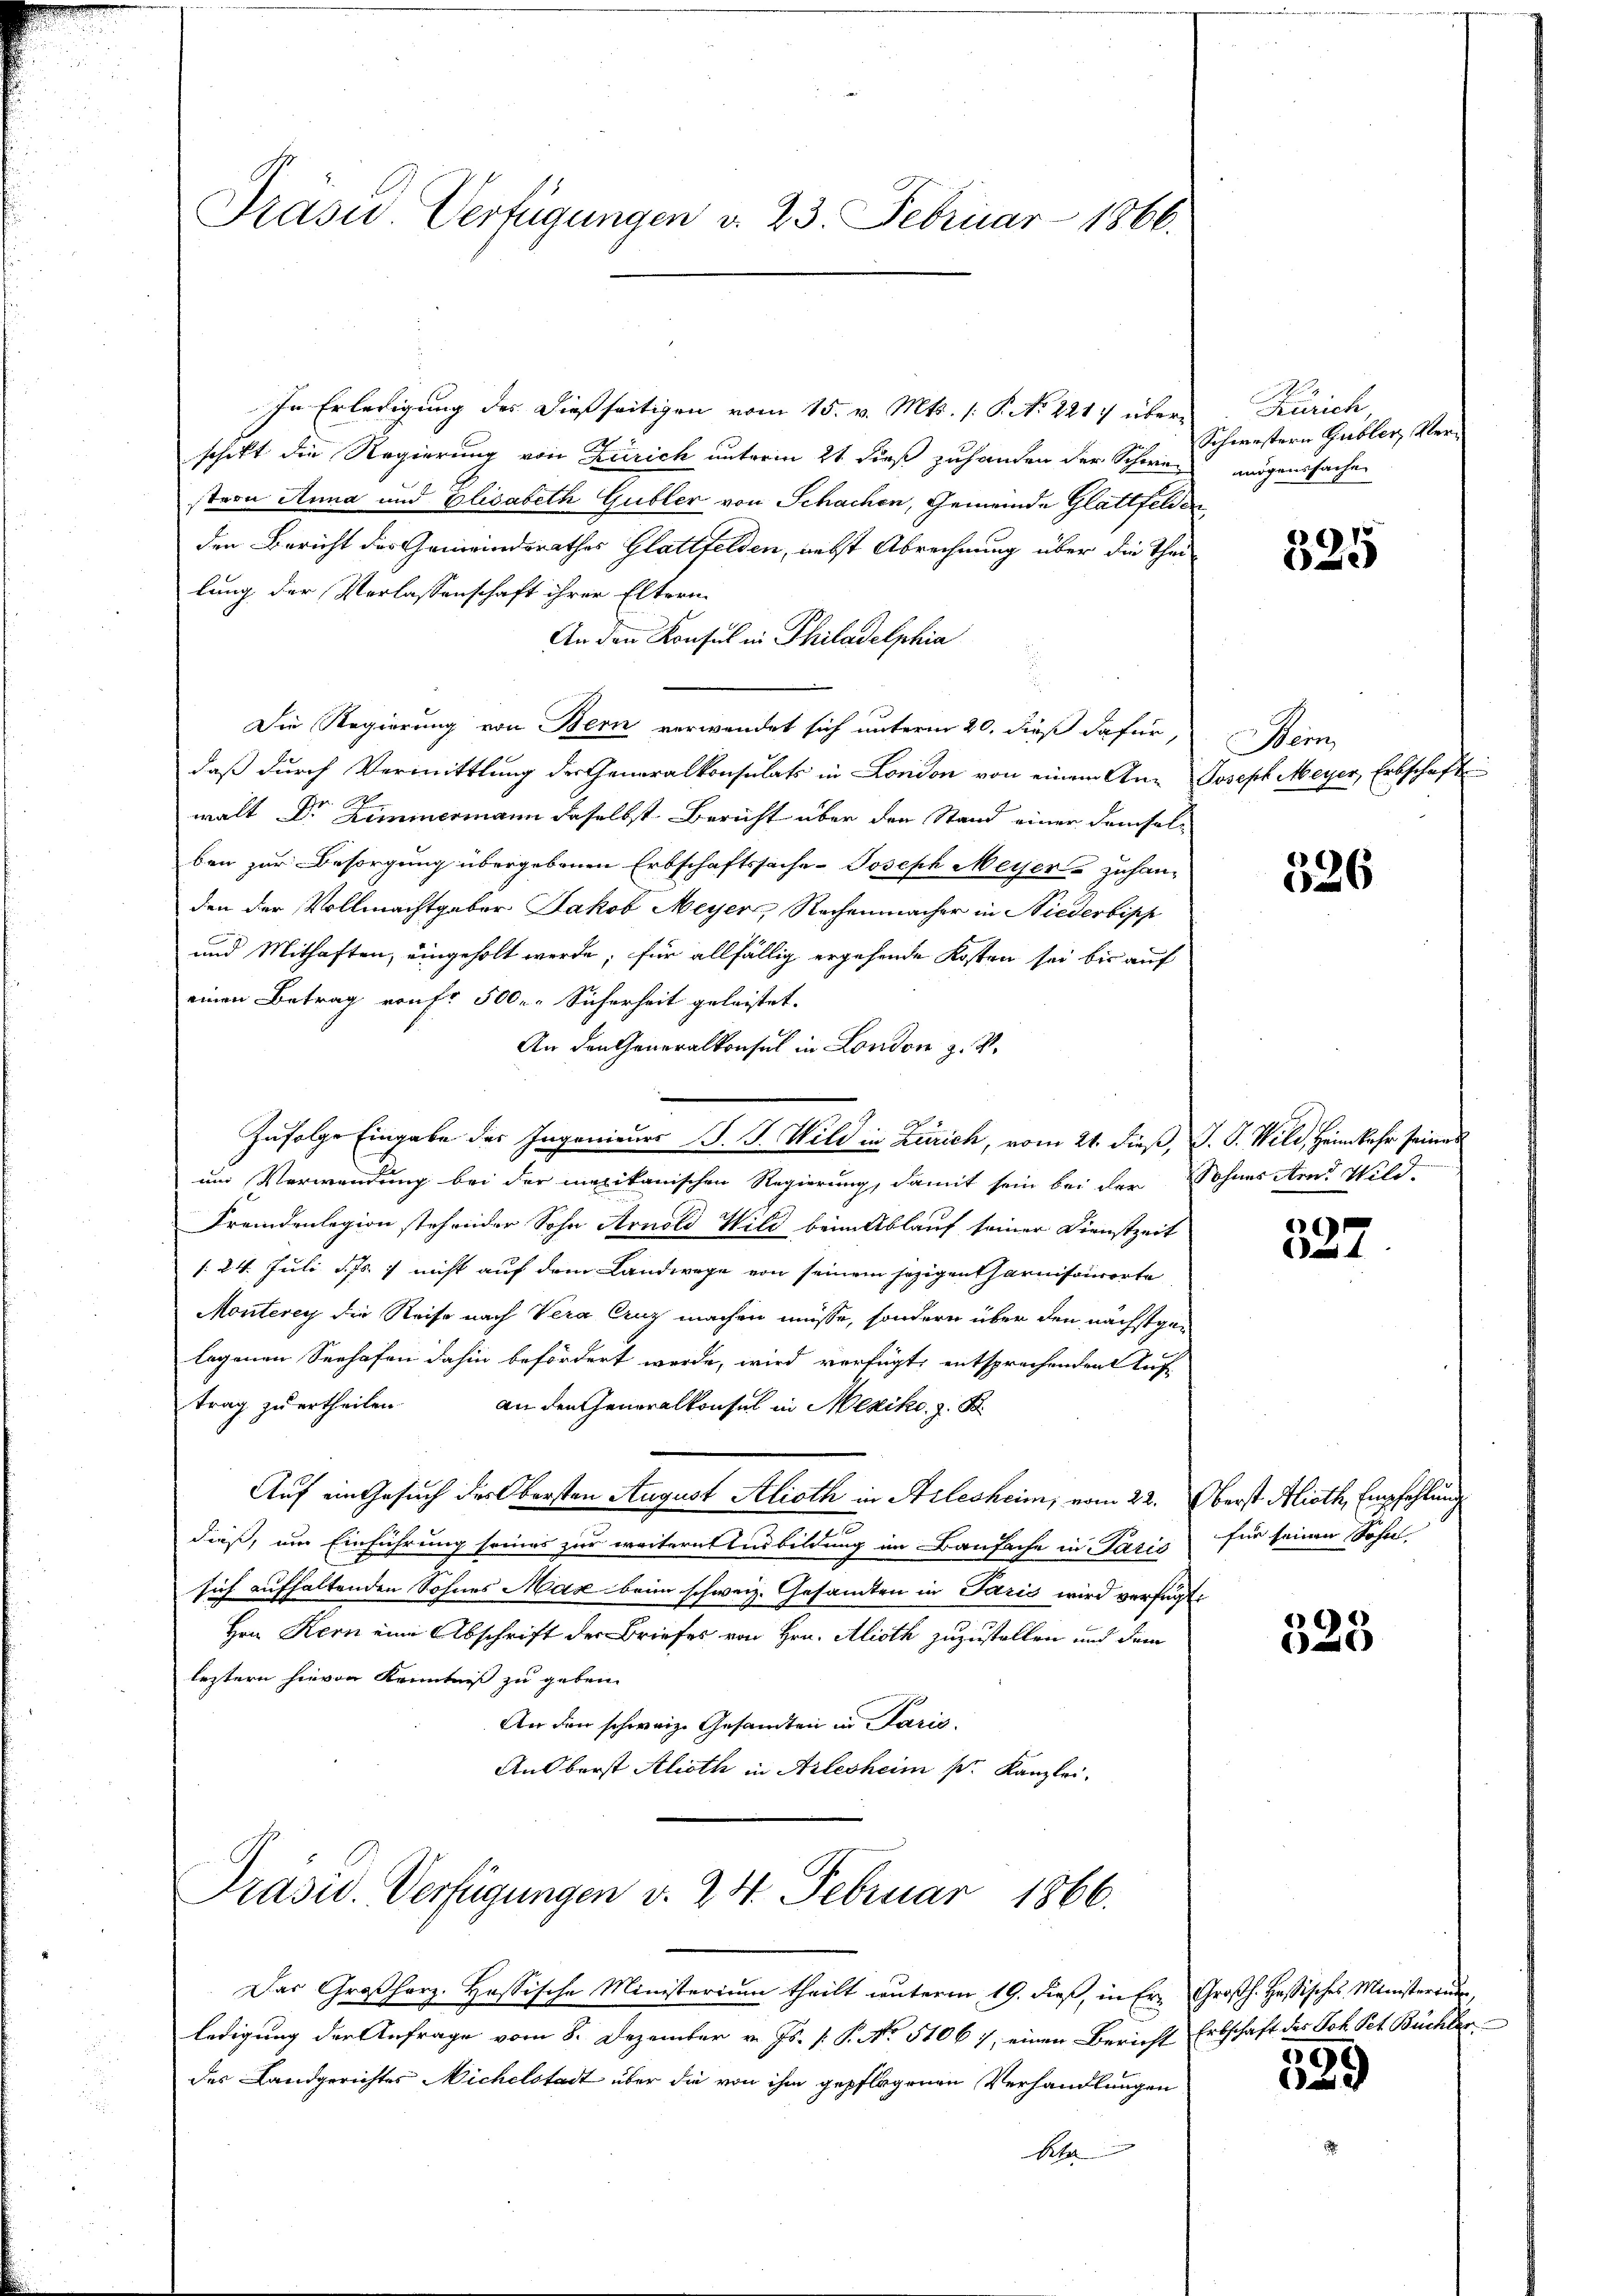
Präsid. Verfügungen d. 23. Februar 1866.

In Erledigung des dießseitigen vom 15. v. Mts. (: P. No 221 überschift die Regierung von Zürich unterm 21 dieß zuhanden der Schwer
stron Anna und Elisabeth Gubler von Schachen, Gemeinde Glattfelden
den Bericht der Gemeindsrathes Glattfelden, nebst Abrechnung über die Thei
lung der Verlassenschaft ihrer Eltern
An den Konsul in Philadelphia
Die Regierung von Bern verwendet sich unterm 20. dieß dafür,
daß durch Vermittlung der Generalkonsulats in London von einem An- Joseph Meyer, Erbschaft
walt Dr Zimmermann daselbst Bericht über den Stand einer demselben zur Besorgung übergebenen Erbschaftssache- Joseph Meyer - zuhan-
den der Vollmachtgeber Jakob Meyer, Rechenmacher in Niederbish
und Mithaften, eingeholt werde, für allfällig ergehende Kosten sei bis auf
einen Betrag rauf 500. Sicherheit geleistet.
An den Generalkonsul in London z. V.
Infolge Eingabe des Ingenieurs J. J. Wild in Zürich, vom 21. dieß, J. G. Wild, Heimkehr seines
um Verwendung bei der marikanischen Regierung, damit sein bei der Sohnes Amt Wild
Fremdenlegion stehender Sohn Arnold Wild beim Ablauf seiner Dienstzeit
/. 24. Juli d. Js. & nicht auf dem Landwege von seinem jezigentharnisororte
Monterey die Reise nach Vera Aug machen müsse, sondern über den nächstgelegenen Seehafen dahin befördert werde, wird verfügt, entsprechenden Auftrag zu ertheilen an den Generalkonsul in Mexike, z. B.
Auf ein Gesuch des Obersten August Alioth in Stilesheim, vom 22. Oberst Alioth, Empfehlung
dieß, um Einführung seines zur weitere Ausbildung im Baufache in Paris für seinen Sohn
sich aufhaltenden Sohnes Max beim schweiz. Gesandten in Paris wird verfügt:
Hrn Kern eine Abschrift der Briefes von Hrn. Alioth zuzustellen und dem
leztern hievon Kenntniß zu geben.
An den schweiz. Gesandten in Paris.
Ans berst Alioth in Arlesheim pr. Kanzlei.
Präsid. Verfügungen v. 24. Februar 1866.

Das Großherz. Hassische Ministerium theilt unterm 19. dieß, in Er- Großh. Hassisches Ministerium,
ledigung der Anfrage vom 8. Dezember v. Js. [ P. No 51061, einen Bericht Erbschaft des Joh. Pet. Büchler
des Landgerichtes Nichelstadt über die von ihm gepflogenen Verhandlungen
Rh

Zürich
Schwestern Gubler Vermögenssache

325

Mein

526

G
e

323

9

2